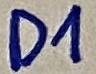
Text: D1